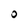
Character: 0